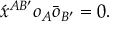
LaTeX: \acute { x } ^ { A B ^ { \prime } } o _ { A } \bar { o } _ { B ^ { \prime } } = 0 .